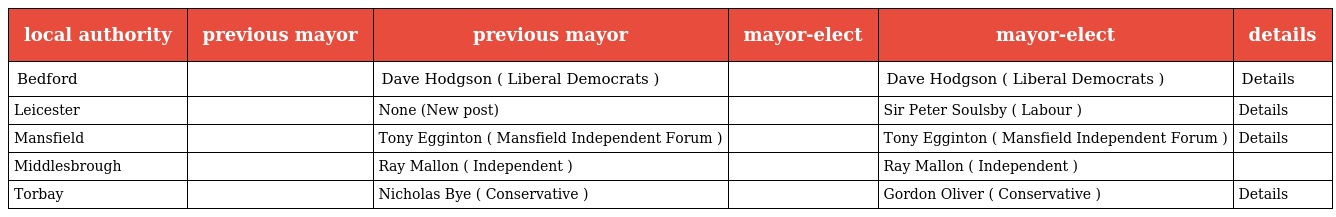
| local authority | previous mayor | previous mayor | mayor-elect | mayor-elect | details |
 | --- | --- | --- | --- | --- | --- |
 | Bedford |  | Dave Hodgson ( Liberal Democrats ) |  | Dave Hodgson ( Liberal Democrats ) | Details |
 | Leicester |  | None (New post) |  | Sir Peter Soulsby ( Labour ) | Details |
 | Mansfield |  | Tony Egginton ( Mansfield Independent Forum ) |  | Tony Egginton ( Mansfield Independent Forum ) | Details |
 | Middlesbrough |  | Ray Mallon ( Independent ) |  | Ray Mallon ( Independent ) |  |
 | Torbay |  | Nicholas Bye ( Conservative ) |  | Gordon Oliver ( Conservative ) | Details |